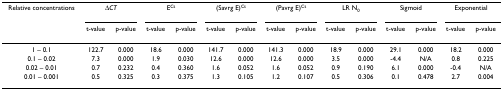
| Relative concentrations | <COLSPAN=2> ΔCT | <COLSPAN=2> ECt | <COLSPAN=2> (Savrg E)Ct | <COLSPAN=2> (Pavrg E)Ct | <COLSPAN=2> LR N0 | <COLSPAN=2> Sigmoid | <COLSPAN=2> Exponential |
 |  | t-value | p-value | t-value | p-value | t-value | p-value | t-value | p-value | t-value | p-value | t-value | p-value | t-value | p-value |
 | --- | --- | --- | --- | --- | --- | --- | --- | --- | --- | --- | --- | --- | --- | --- |
 | 1 – 0.1 | 122.7 | 0.000 | 18.6 | 0.000 | 141.7 | 0.000 | 141.3 | 0.000 | 18.9 | 0.000 | 29.1 | 0.000 | 18.2 | 0.000 |
 | 0.1 – 0.02 | 7.3 | 0.000 | 1.9 | 0.030 | 12.6 | 0.000 | 12.6 | 0.000 | 3.5 | 0.000 | -4.4 | N/A | 0.8 | 0.225 |
 | 0.02 – 0.01 | 0.7 | 0.232 | 0.4 | 0.360 | 1.6 | 0.052 | 1.6 | 0.052 | 0.9 | 0.190 | 6.1 | 0.000 | -0.4 | N/A |
 | 0.01 – 0.001 | 0.5 | 0.325 | 0.3 | 0.375 | 1.3 | 0.105 | 1.2 | 0.107 | 0.5 | 0.306 | 0.1 | 0.478 | 2.7 | 0.004 |